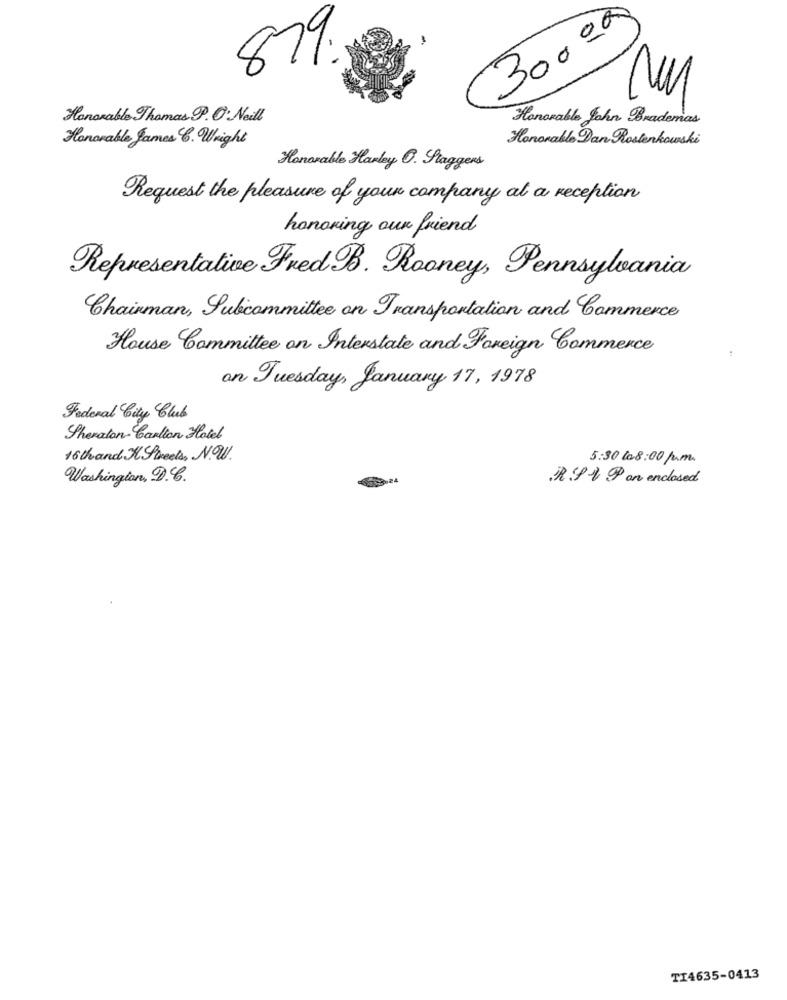
30000
879.
Honorable Thomas P. O. Neill
Honorable John Brademas
Honorable James . Weight
Honorable Dan Rosterkowski
Honorable Harley O. Staggers
Request the pleasure of your company al a reception
honoring our friend
Representative Fred B. Rooney, Pennsylvania
Chairman, Subcommittee on Transportation and Commerce
House Committee on Interstate and Foreign Commerce
on Tuesday, January 17, 1978
Federal City Club
Sheraton-Carlton Hotel
16 thand Sweets, N.W.
5:30 ta8:00 pm
Washington, D ..
.R .D V 9 on enclosed
TI4635-0413